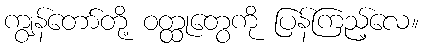
ကျွန်တော်တို့ ဝတ္ထုတွေကို ပြန်ကြည့်လေ။